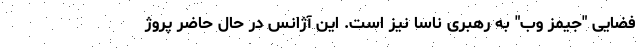
فضایی "جیمز وب" به رهبری ناسا نیز است. این آژانس در حال حاضر پروژ